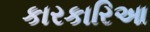
કારકારિઆ